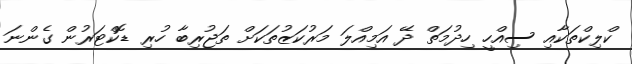
ކްލިކްތަކާއި ސިއްހީ ހިދުމަތް ދޭ އަމިއްލަ މަރުކަޒުތަކަށް ތަޖުރިބާ ހުރި ޑޮކްޓަރުން ގެންނަ